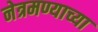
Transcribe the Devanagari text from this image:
नेत्रमण्याच्या